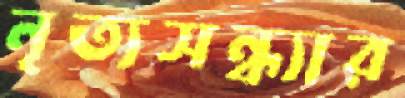
নৃত্যসন্ধ্যার